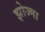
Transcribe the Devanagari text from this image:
झोज्मा